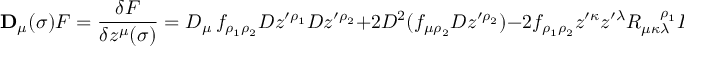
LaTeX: { \bf D } _ { \mu } ( \sigma ) F = { \frac { \delta F } { \delta z ^ { \mu } ( \sigma ) } } = D _ { \mu } \, f _ { \rho _ { 1 } \rho _ { 2 } } { \cal D } z ^ { \prime \rho _ { 1 } } { \cal D } z ^ { \prime \rho _ { 2 } } + 2 { \cal D } ^ { 2 } ( f _ { \mu \rho _ { 2 } } { \cal D } z ^ { \prime \rho _ { 2 } } ) - 2 f _ { \rho _ { 1 } \rho _ { 2 } } z ^ { \prime \kappa } z ^ { \prime \lambda } R _ { \mu \kappa \lambda } ^ { { \, \, \, \, \, \, \, \, } \rho _ { 1 } } { \cal D } z ^ { \prime \rho _ { 2 } }